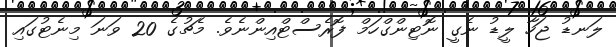
ލަނޑު ޖަހާ ލީޑު ނެގީ ނޮޓިންގްހަމް ފޮރެސްޓްއިންނެވެ. މެޗުގެ 20 ވަނަ މިނެޓުގައި